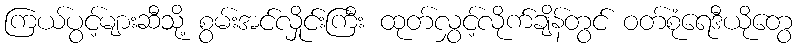
ကြယ်ပွင့်များဆီသို့ စွမ်းအင်လှိုင်းကြီး ထုတ်လွှင့်လိုက်ချိန်တွင် ဝတ်စုံရေဒီယိုတွေ